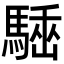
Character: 𩤪